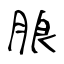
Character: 朖